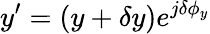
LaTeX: y^{\prime}=(y+\delta y)e^{j\delta\phi_{y}}